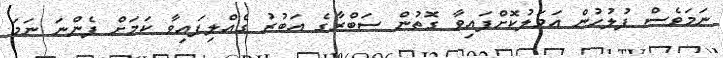
ނަމަވެސް ފުލުހުން އަމަލުކޮށްފައިވާ ގޮތުން ސަބްރާގެ އަބުރު ގެއްލިފައިވާ ކަމަށް ފެންނަ ނަމަ